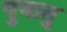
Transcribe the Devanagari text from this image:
पुनातु